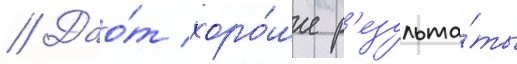
// Дао́т хоро́шие р'езульта́ты